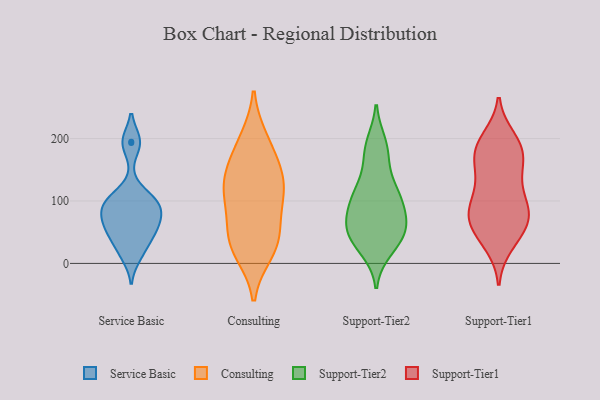
{"axis": {"x": "Budget (USD K)", "y": "Value"}, "legend": ["Consulting", "Service Basic", "Support-Tier1", "Support-Tier2"], "data": [{"x": "", "y": 92, "type": "Service Basic"}, {"x": "", "y": 95, "type": "Service Basic"}, {"x": "", "y": 24, "type": "Service Basic"}, {"x": "", "y": 193, "type": "Service Basic"}, {"x": "", "y": 85, "type": "Service Basic"}, {"x": "", "y": 109, "type": "Service Basic"}, {"x": "", "y": 12, "type": "Service Basic"}, {"x": "", "y": 103, "type": "Service Basic"}, {"x": "", "y": 195, "type": "Service Basic"}, {"x": "", "y": 55, "type": "Service Basic"}, {"x": "", "y": 44, "type": "Service Basic"}, {"x": "", "y": 63, "type": "Service Basic"}, {"x": "", "y": 56, "type": "Service Basic"}, {"x": "", "y": 78, "type": "Service Basic"}, {"x": "", "y": 45, "type": "Consulting"}, {"x": "", "y": 143, "type": "Consulting"}, {"x": "", "y": 42, "type": "Consulting"}, {"x": "", "y": 96, "type": "Consulting"}, {"x": "", "y": 193, "type": "Consulting"}, {"x": "", "y": 150, "type": "Consulting"}, {"x": "", "y": 199, "type": "Consulting"}, {"x": "", "y": 19, "type": "Consulting"}, {"x": "", "y": 17, "type": "Consulting"}, {"x": "", "y": 47, "type": "Consulting"}, {"x": "", "y": 100, "type": "Consulting"}, {"x": "", "y": 117, "type": "Consulting"}, {"x": "", "y": 115, "type": "Consulting"}, {"x": "", "y": 150, "type": "Consulting"}, {"x": "", "y": 32, "type": "Support-Tier2"}, {"x": "", "y": 72, "type": "Support-Tier2"}, {"x": "", "y": 46, "type": "Support-Tier2"}, {"x": "", "y": 184, "type": "Support-Tier2"}, {"x": "", "y": 93, "type": "Support-Tier2"}, {"x": "", "y": 119, "type": "Support-Tier2"}, {"x": "", "y": 101, "type": "Support-Tier2"}, {"x": "", "y": 23, "type": "Support-Tier2"}, {"x": "", "y": 46, "type": "Support-Tier2"}, {"x": "", "y": 50, "type": "Support-Tier2"}, {"x": "", "y": 60, "type": "Support-Tier2"}, {"x": "", "y": 191, "type": "Support-Tier2"}, {"x": "", "y": 169, "type": "Support-Tier2"}, {"x": "", "y": 69, "type": "Support-Tier2"}, {"x": "", "y": 114, "type": "Support-Tier2"}, {"x": "", "y": 115, "type": "Support-Tier2"}, {"x": "", "y": 55, "type": "Support-Tier1"}, {"x": "", "y": 162, "type": "Support-Tier1"}, {"x": "", "y": 138, "type": "Support-Tier1"}, {"x": "", "y": 76, "type": "Support-Tier1"}, {"x": "", "y": 31, "type": "Support-Tier1"}, {"x": "", "y": 96, "type": "Support-Tier1"}, {"x": "", "y": 200, "type": "Support-Tier1"}, {"x": "", "y": 85, "type": "Support-Tier1"}, {"x": "", "y": 57, "type": "Support-Tier1"}, {"x": "", "y": 77, "type": "Support-Tier1"}, {"x": "", "y": 89, "type": "Support-Tier1"}, {"x": "", "y": 69, "type": "Support-Tier1"}, {"x": "", "y": 184, "type": "Support-Tier1"}, {"x": "", "y": 187, "type": "Support-Tier1"}, {"x": "", "y": 180, "type": "Support-Tier1"}, {"x": "", "y": 192, "type": "Support-Tier1"}, {"x": "", "y": 38, "type": "Support-Tier1"}, {"x": "", "y": 136, "type": "Support-Tier1"}, {"x": "", "y": 104, "type": "Support-Tier1"}, {"x": "", "y": 157, "type": "Support-Tier1"}]}